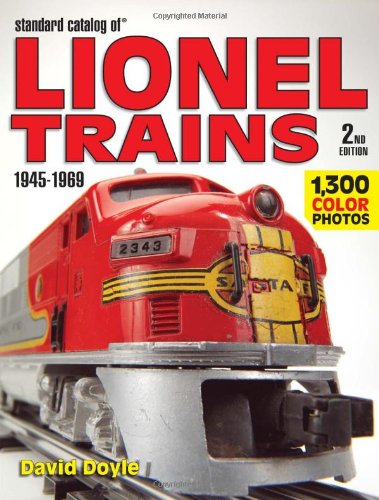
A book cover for Standard Catalog of Lionel Trains 1945-1969; David Doyle; Engineering & Transportation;